Report on vaccination in Madras 1922-1929 - 1922-1929
Year: 1922
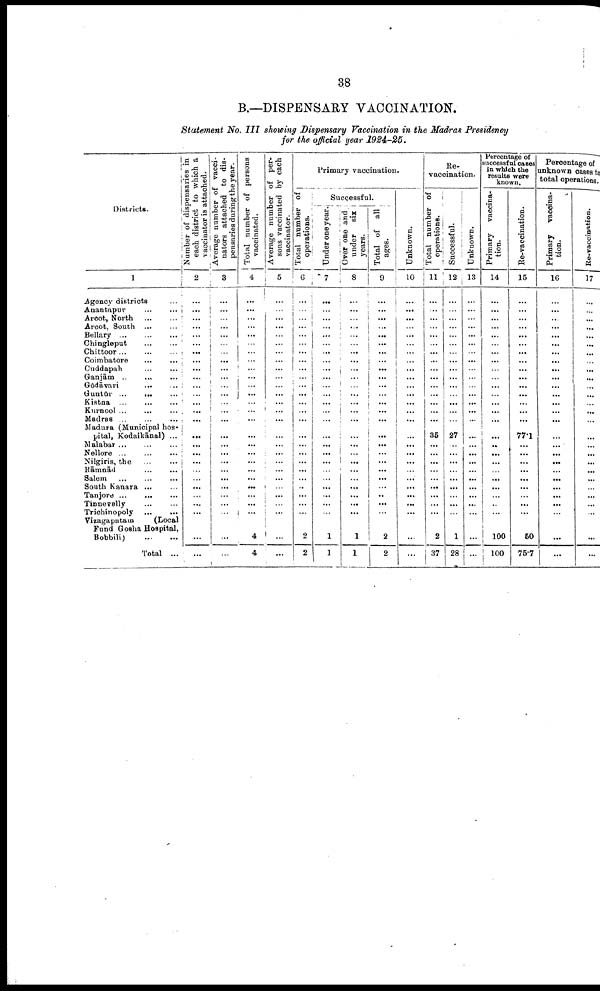
38
B.—DISPENSARY VACCINATION.
Statement No. III showing Dispensary Vaccination in the Madras Presidency
for the official year 1924-25.
Districts.
1
Agency districts ...
Anantapur ... ...
Arcot, North
...
...
Arcot, South
...
...
Bellary
...
...
...
Chingleput
...
...
Chittoor ... ... ...
Coimbatore
...
...
Cuddapah
...
...
Ganjām
...
...
...
Gōdāvari
...
...
Guntūr
...
...
...
Kistna
...
...
...
Kurnool ... ... ...
Madras ... ... ...
Madura (Municipal hos
pital, Kodaikānal) ...
Malabar
...
...
...
Nellore ... ... ...
Nilgiris, the
...
...
Rāmnād
...
...
Salem
...
...
...
South Kanara ... ...
Tanjore
...
...
...
Tinnevelly ... ...
Trichinopoly
...
...
Vizagapatam
(Local
Fund Gosha Hospital,
Bobbili)
...
...
Total ...
Number of dispensaries in
each district to which a
vaccinator is attached.
2
...
...
...
...
...
...
...
...
...
...
...
...
...
...
...
...
...
...
...
...
...
...
...
...
...
...
...
Average number of vacci
nators attached to dis
pensaries during the year.
3
...
...
...
...
...
...
... ...
...
...
...
...
...
...
...
...
...
...
...
...
...
...
...
...
...
...
...
Total number of persons
vaccinated.
4
...
...
...
...
...
... ...
...
...
...
... ...
...
...
...
...
...
...
...
...
...
...
...
...
...
4
4
Average number of per
sons vaccinated by each
vaccinator.
5
...
...
...
...
...
...
...
...
...
...
...
...
... ...
... ...
...
...
...
...
...
...
...
...
...
...
...
Primary vaccination.
Total number of
operations.
6
...
... ...
...
...
... ...
...
...
... ...
...
...
...
...
...
...
...
...
...
...
...
...
...
...
2
2
Successful.
Under one year.
7
...
...
...
...
...
...
...
...
...
... ...
...
...
...
...
...
...
...
...
...
...
...
...
...
...
1
1
Over one and
under six
years.
8
...
...
...
...
...
...
...
...
...
...
... ...
... ...
...
...
...
...
...
...
...
...
...
...
...
1
1
Total of all
ages.
9
...
...
...
...
...
...
...
...
...
...
...
...
... ...
...
...
...
...
...
...
...
...
...
...
...
2
2
Unknown.
10
...
...
...
...
...
...
... ...
...
... ...
...
...
...
...
...
...
...
...
...
...
...
...
...
...
...
...
Re¬
vaccination.
Total number of
operations.
11
...
... ...
...
...
...
...
...
...
...
...
...
...
...
...
35
...
...
...
...
...
...
...
...
...
2
37
Successful.
12
...
... ...
...
...
...
... ...
...
...
...
...
...
...
...
27
...
...
...
...
...
...
...
...
...
1
28
Unknown.
13
...
...
...
...
...
...
... ...
...
...
... ...
...
...
...
...
...
...
...
...
...
...
...
...
...
...
...
Percentage of
successful cases
in which the
results were
known.
Primary vaccina¬
tion.
14
...
...
...
...
...
...
...
...
...
... ...
...
...
...
...
...
..
...
...
...
...
...
...
..
...
100
100
Re-vaccination.
15
...
...
...
...
...
...
...
...
...
...
...
...
...
...
...
77.1
...
...
...
...
...
...
...
...
...
50
75.7
Percentage of
unknown cases to
total operations.
Primary vaccina¬
tion.
16
...
...
... ...
...
...
...
...
...
...
...
...
...
...
...
...
...
...
...
...
...
...
...
...
...
...
...
Re-vaccination.
17
...
... ...
...
...
...
...
...
...
...
...
...
...
...
...
...
...
...
...
...
...
...
...
...
...
...
...